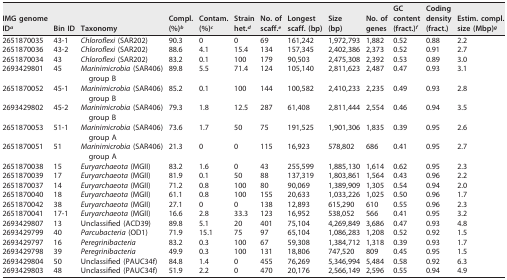
<table><thead><tr><td><b>IMG genome ID<sup>a</sup></b></td><td><b>Bin ID</b></td><td><b>Taxonomy</b></td><td><b>Compl. (%)<sup>b</sup></b></td><td><b>Contam. (%)<sup>c</sup></b></td><td><b>Strain het.<sup>d</sup></b></td><td><b>No. of scaff.<sup>e</sup></b></td><td><b>Longest scaff. (bp)</b></td><td><b>Size (bp)</b></td><td><b>No. of genes</b></td><td><b>GC content (fract.)<sup>f</sup></b></td><td><b>Coding density (fract.)</b></td><td><b>Estim. compl. size (Mbp)<sup>g</sup></b></td></tr></thead><tbody><tr><td>2651870035</td><td>43-1</td><td><i>Chloroflexi</i> (SAR202)</td><td>90.3</td><td>0</td><td>0</td><td>69</td><td>161,242</td><td>1,972,793</td><td>1,882</td><td>0.52</td><td>0.88</td><td>2.2</td></tr><tr><td>2651870036</td><td>43-2</td><td><i>Chloroflexi</i> (SAR202)</td><td>88.6</td><td>4.1</td><td>15.4</td><td>134</td><td>157,345</td><td>2,402,386</td><td>2,373</td><td>0.52</td><td>0.91</td><td>2.7</td></tr><tr><td>2651870034</td><td>43</td><td><i>Chloroflexi</i> (SAR202)</td><td>83.2</td><td>0.1</td><td>100</td><td>179</td><td>90,503</td><td>2,475,308</td><td>2,392</td><td>0.53</td><td>0.89</td><td>3.0</td></tr><tr><td>2693429801</td><td>45</td><td><i>Marinimicrobia</i> (SAR406) group B</td><td>89.8</td><td>5.5</td><td>71.4</td><td>124</td><td>105,140</td><td>2,811,623</td><td>2,487</td><td>0.47</td><td>0.93</td><td>3.1</td></tr><tr><td>2651870052</td><td>45-1</td><td><i>Marinimicrobia</i> (SAR406) group B</td><td>85.2</td><td>0.1</td><td>100</td><td>144</td><td>100,582</td><td>2,410,233</td><td>2,235</td><td>0.49</td><td>0.93</td><td>2.8</td></tr><tr><td>2693429802</td><td>45-2</td><td><i>Marinimicrobia</i> (SAR406) group B</td><td>79.3</td><td>1.8</td><td>12.5</td><td>287</td><td>61,408</td><td>2,811,444</td><td>2,554</td><td>0.46</td><td>0.94</td><td>3.5</td></tr><tr><td>2651870053</td><td>51-1</td><td><i>Marinimicrobia</i> (SAR406) group A</td><td>73.6</td><td>1.7</td><td>50</td><td>75</td><td>191,525</td><td>1,901,306</td><td>1,835</td><td>0.39</td><td>0.95</td><td>2.6</td></tr><tr><td>2651870051</td><td>51</td><td><i>Marinimicrobia</i> (SAR406) group A</td><td>21.3</td><td>0</td><td>0</td><td>115</td><td>16,923</td><td>578,802</td><td>686</td><td>0.41</td><td>0.95</td><td>2.7</td></tr><tr><td>2651870038</td><td>15</td><td><i>Euryarchaeota</i> (MGII)</td><td>83.2</td><td>1.6</td><td>0</td><td>43</td><td>255,599</td><td>1,885,130</td><td>1,614</td><td>0.62</td><td>0.95</td><td>2.3</td></tr><tr><td>2651870039</td><td>17</td><td><i>Euryarchaeota</i> (MGII)</td><td>81.9</td><td>0.1</td><td>50</td><td>88</td><td>137,319</td><td>1,803,861</td><td>1,564</td><td>0.43</td><td>0.96</td><td>2.2</td></tr><tr><td>2651870037</td><td>14</td><td><i>Euryarchaeota</i> (MGII)</td><td>71.2</td><td>0.8</td><td>100</td><td>80</td><td>90,069</td><td>1,389,909</td><td>1,305</td><td>0.54</td><td>0.94</td><td>2.0</td></tr><tr><td>2651870040</td><td>18</td><td><i>Euryarchaeota</i> (MGII)</td><td>61.1</td><td>0.8</td><td>100</td><td>155</td><td>20,633</td><td>1,033,226</td><td>1,025</td><td>0.50</td><td>0.96</td><td>1.7</td></tr><tr><td>2651870042</td><td>38</td><td><i>Euryarchaeota</i> (MGII)</td><td>27.1</td><td>0</td><td>0</td><td>138</td><td>12,893</td><td>615,290</td><td>610</td><td>0.55</td><td>0.96</td><td>2.3</td></tr><tr><td>2651870041</td><td>17-1</td><td><i>Euryarchaeota</i> (MGII)</td><td>16.6</td><td>2.8</td><td>33.3</td><td>123</td><td>16,952</td><td>538,052</td><td>566</td><td>0.41</td><td>0.95</td><td>3.2</td></tr><tr><td>2693429807</td><td>13</td><td>Unclassified (ACD39)</td><td>89.8</td><td>5.1</td><td>20</td><td>401</td><td>75,104</td><td>4,269,849</td><td>3,686</td><td>0.47</td><td>0.93</td><td>4.8</td></tr><tr><td>2693429799</td><td>40</td><td><i>Parcubacteria</i> (OD1)</td><td>71.9</td><td>15.1</td><td>75</td><td>97</td><td>65,104</td><td>1,086,283</td><td>1,208</td><td>0.52</td><td>0.92</td><td>1.5</td></tr><tr><td>2693429797</td><td>16</td><td><i>Peregrinibacteria</i></td><td>83.2</td><td>0.3</td><td>100</td><td>67</td><td>59,308</td><td>1,384,712</td><td>1,318</td><td>0.39</td><td>0.93</td><td>1.7</td></tr><tr><td>2693429798</td><td>39</td><td><i>Peregrinibacteria</i></td><td>49.9</td><td>0.3</td><td>100</td><td>131</td><td>18,806</td><td>747,520</td><td>809</td><td>0.45</td><td>0.95</td><td>1.5</td></tr><tr><td>2693429804</td><td>50</td><td>Unclassified (PAUC34f)</td><td>84.8</td><td>1.4</td><td>0</td><td>455</td><td>76,269</td><td>5,346,994</td><td>5,484</td><td>0.58</td><td>0.92</td><td>6.3</td></tr><tr><td>2693429803</td><td>48</td><td>Unclassified (PAUC34f)</td><td>51.9</td><td>2.2</td><td>0</td><td>470</td><td>20,176</td><td>2,566,149</td><td>2,596</td><td>0.55</td><td>0.94</td><td>4.9</td></tr></tbody></table>